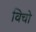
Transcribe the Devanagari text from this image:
विचो